Bombay plague: being a history of the progress of plague in the Bombay presidency from September 1896 to June 1899
Year: 1896
Disease focus: Plague
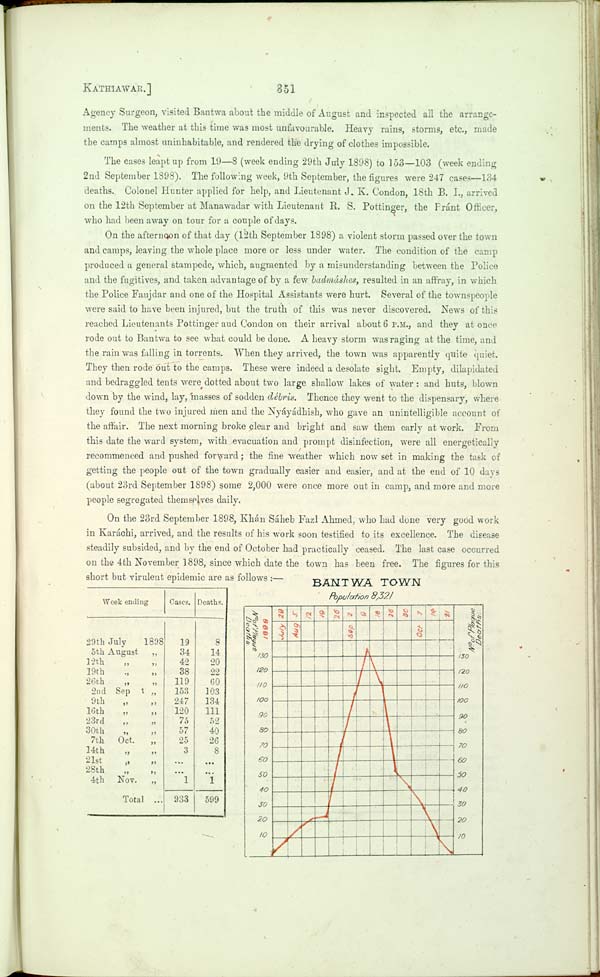
KATHIAWAR.]
351
Agency Surgeon, visited Bantwa about the middle of August and inspected all the arrange-
ments. The weather at this time was most unfavourable. Heavy rains, storms, etc., made
the camps almost uninhabitable, and rendered the drying of clothes impossible.
The cases leapt up from 19—8 (week ending 29th July 1898) to 153—103 (week ending
2nd September 1398). The following week, 9th September, the figures were 247 cases—134
deaths. Colonel Hunter applied for help, and Lieutenant J. K. Condon, 18th B. I., arrived
on the 12th September at Manawadar with Lieutenant R. S. Pottinger, the Pránt Officer,
who had been away on tour for a couple of days.
On the afternoon of that day (12th September 1898) a violent storm passed over the town
and camps, leaving the whole place more or less under water. The condition of the camp
produced a general stampede, which, augmented by a misunderstanding between the Police
and the fugitives, and taken advantage of by a few badmáshes, resulted in an affray, in which
the Police Faujdar and one of the Hospital Assistants were hurt. Several of the townspeople
were said to have been injured, but the truth of this was never discovered. News of this
reached Lieutenants Pottinger aud Condon on their arrival about 6 P.M., and they at once
rode out to Bantwa to see what could be done. A heavy storm was raging at the time, and
the rain was falling in torrents. When they arrived, the town was apparently quite quiet.
They then rode out to the camps. These were indeed a desolate sight. Empty, dilapidated
and bedraggled tents were dotted about two large shallow lakes of water: and huts, blown
down by the wind, lay, masses of sodden débris. Thence they went to the dispensary, where
they found the two injured men and the Nyáyádhish, who gave an unintelligible account of
the affair. The next morning broke clear and bright and saw them early at work. From
this date the ward system, with evacuation and prompt disinfection, were all energetically
recommenced and pushed forward; the fine weather which now set in making the task of
getting the people out of the town gradually easier and easier, and at the end of 10 days
(about 23rd September 1898) some 2,000 were once more out in camp, and more and more
people segregated themselves daily.
On the 23rd September 1898, Khán Sáheb Fazl Ahmed, who had done very good work
in Karáchi, arrived, and the results of his work soon testified to its excellence. The disease
steadily subsided, and by the end of October had practically ceased. The last case occurred
on the 4th November 1898, since which date the town has been free. The figures for this
short but virulent epidemic are as follows:—
Week ending
29th July
1898
5th August
12th " "
19th
26th " "
2nd Sep t "
9th
16th " "
23rd
30th
7th Oct.
14th
21st " "
28th
4th Nov.
Total
Cases.
19
34
42
38
119
153
247
120
75
57
25
3
1
933
Deaths.
8
14
20
22
60
103
134
111
52
40
26
8
1
599
BANTWA TOWN.
Population 8,321